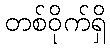
တစ်ဝိုက်ရှိ